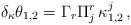
LaTeX: \begin{align*}\delta_\kappa\theta_{1,2} = \Gamma_r \Pi_{j}^r\, \kappa_{1,2}^j\, ,\end{align*}